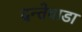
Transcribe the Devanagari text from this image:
दन्तेवाडा